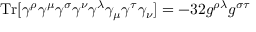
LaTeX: \mathrm { T r } [ \gamma ^ { \rho } \gamma ^ { \mu } \gamma ^ { \sigma } \gamma ^ { \nu } \gamma ^ { \lambda } \gamma _ { \mu } \gamma ^ { \tau } \gamma _ { \nu } ] = - 3 2 g ^ { \rho \lambda } g ^ { \sigma \tau }